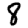
Digit: 8